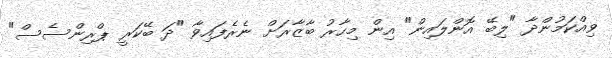
ވިއްކަމުންދާ "ލިބޭ އޮންލައިން" އިން މިހާރު ބާޒާރަށް ނެރެފައިވާ "ދަ ބޭކަރީ ޕްރިންސެސް"